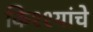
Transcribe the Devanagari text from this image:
किश्श्यांचे